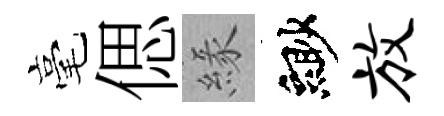
毫偲緣緲放